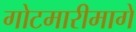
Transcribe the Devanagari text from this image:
गोटमारीमागे